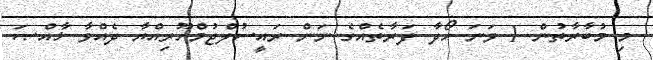
މި މުބާރާތުން 1 ވަނަ ހޯދާ ފަރާތެއްގެ ނަން ރައީސުލްޖުމްހޫރިއްޔާ ދެއްވާ ޚާއްޞަ